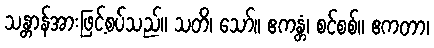
သန္တာန်အားဖြင့်စပ်သည်။ သတိ၊ သော်။ ဧကန္တံ၊ စင်စစ်။ ဧကတာ၊